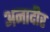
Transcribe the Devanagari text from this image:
अनादीर